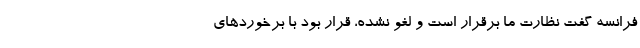
فرانسه گفت نظارت ما برقرار است و لغو نشده، قرار بود با برخوردهای